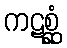
ကဋစ္ဆုံ